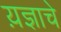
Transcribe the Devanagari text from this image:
य़ज्ञाचे